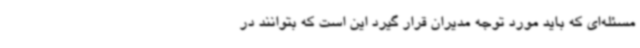
مسئله‌ای که باید مورد توجه مدیران قرار گیرد این است که بتوانند در